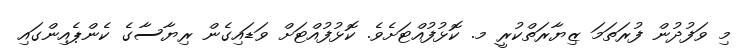
މި ވަފުދުން ފުރަތަމަ ޒިޔާރަތްކުރީ މ. ކޮޅުފުއްޓަށެވެ. ކޮޅުފުއްޓަށް ވަޑައިގެން ރިޔާސާގެ ކެންޕެއިންގައި